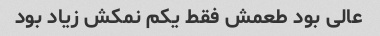
عالی بود طعمش فقط یکم نمکش زیاد بود